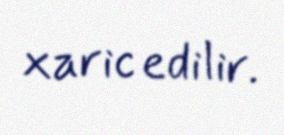
xaric edilir.